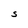
Character: S